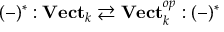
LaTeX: ( - ) ^ { * } : \mathbf { V e c t } _ { k } \rightleftarrows \mathbf { V e c t } _ { k } ^ { o p } : ( - ) ^ { * }